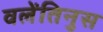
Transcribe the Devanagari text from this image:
वलेंतिनुस